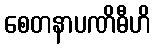
စေတနာပဏိဓီဟိ